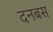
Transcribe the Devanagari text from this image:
दनबस